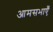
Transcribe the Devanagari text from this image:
आमसभाएँ